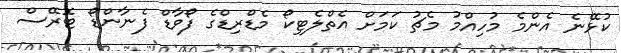
ކުޅޭނެ އެންމެ މުހިއްމު މެޗު ކަމަށް އެތްލެޓިކޯ މެޑްރިޑްގެ ފޯވާޑް ފެނާންޑޯ ޓޮރޭސް